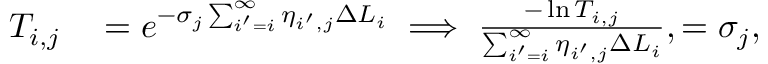
\begin{array} { r l } { T _ { i , j } } & { { } = e ^ { - \sigma _ { j } \sum _ { i ^ { \prime } = i } ^ { \infty } \eta _ { i ^ { \prime } , j } \Delta L _ { i } } \implies \frac { - \ln { T _ { i , j } } } { \sum _ { i ^ { \prime } = i } ^ { \infty } \eta _ { i ^ { \prime } , j } \Delta L _ { i } } , = \sigma _ { j } , } \end{array}